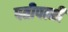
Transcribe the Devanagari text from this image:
पतीपत्नी